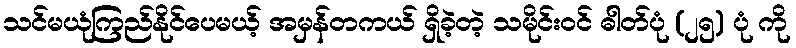
သင်မယုံကြည်နိုင်ပေမယ့် အမှန်တကယ် ရှိခဲ့တဲ့ သမိုင်းဝင် ဓါတ်ပုံ (၂၅) ပုံ ကို